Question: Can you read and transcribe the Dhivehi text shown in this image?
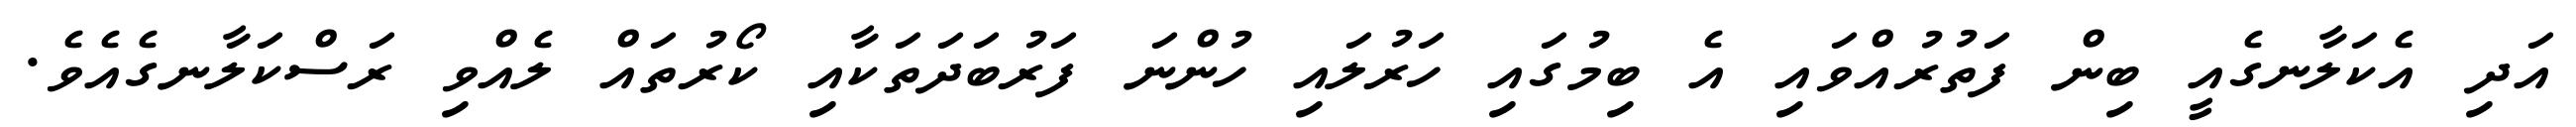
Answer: އަދި އެކަލާނގެއީ ބިން ފަތުރުއްވައި އެ ބިމުގައި ހަރުލައި ހުންނަ ފަރުބަދަތަކާއި ކޯރުތައް ލެއްވި ރަސްކަލާނގެއެވެ.